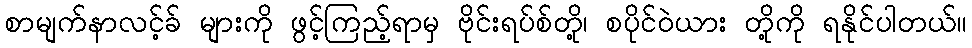
စာမျက်နာလင့်ခ် များကို ဖွင့်ကြည့်ရာမှ ဗိုင်းရပ်စ်တို့၊ စပိုင်ဝဲယား တို့ကို ရနိုင်ပါတယ်။